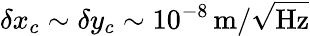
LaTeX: \delta x_{c}\sim\delta y_{c}\sim 10^{-8}\, \mathrm{m}/\sqrt{\mathrm{Hz}}